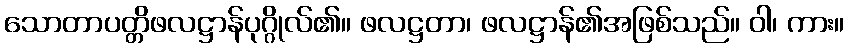
သောတာပတ္တိဖလဋ္ဌာန်ပုဂ္ဂိုလ်၏။ ဖလဋ္ဌတာ၊ ဖလဋ္ဌာန်၏အဖြစ်သည်။ ဝါ၊ ကား။